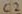
Text: C2